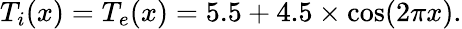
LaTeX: T_{i}(x)=T_{e}(x)=5.5+4.5\times\cos(2\pi x).